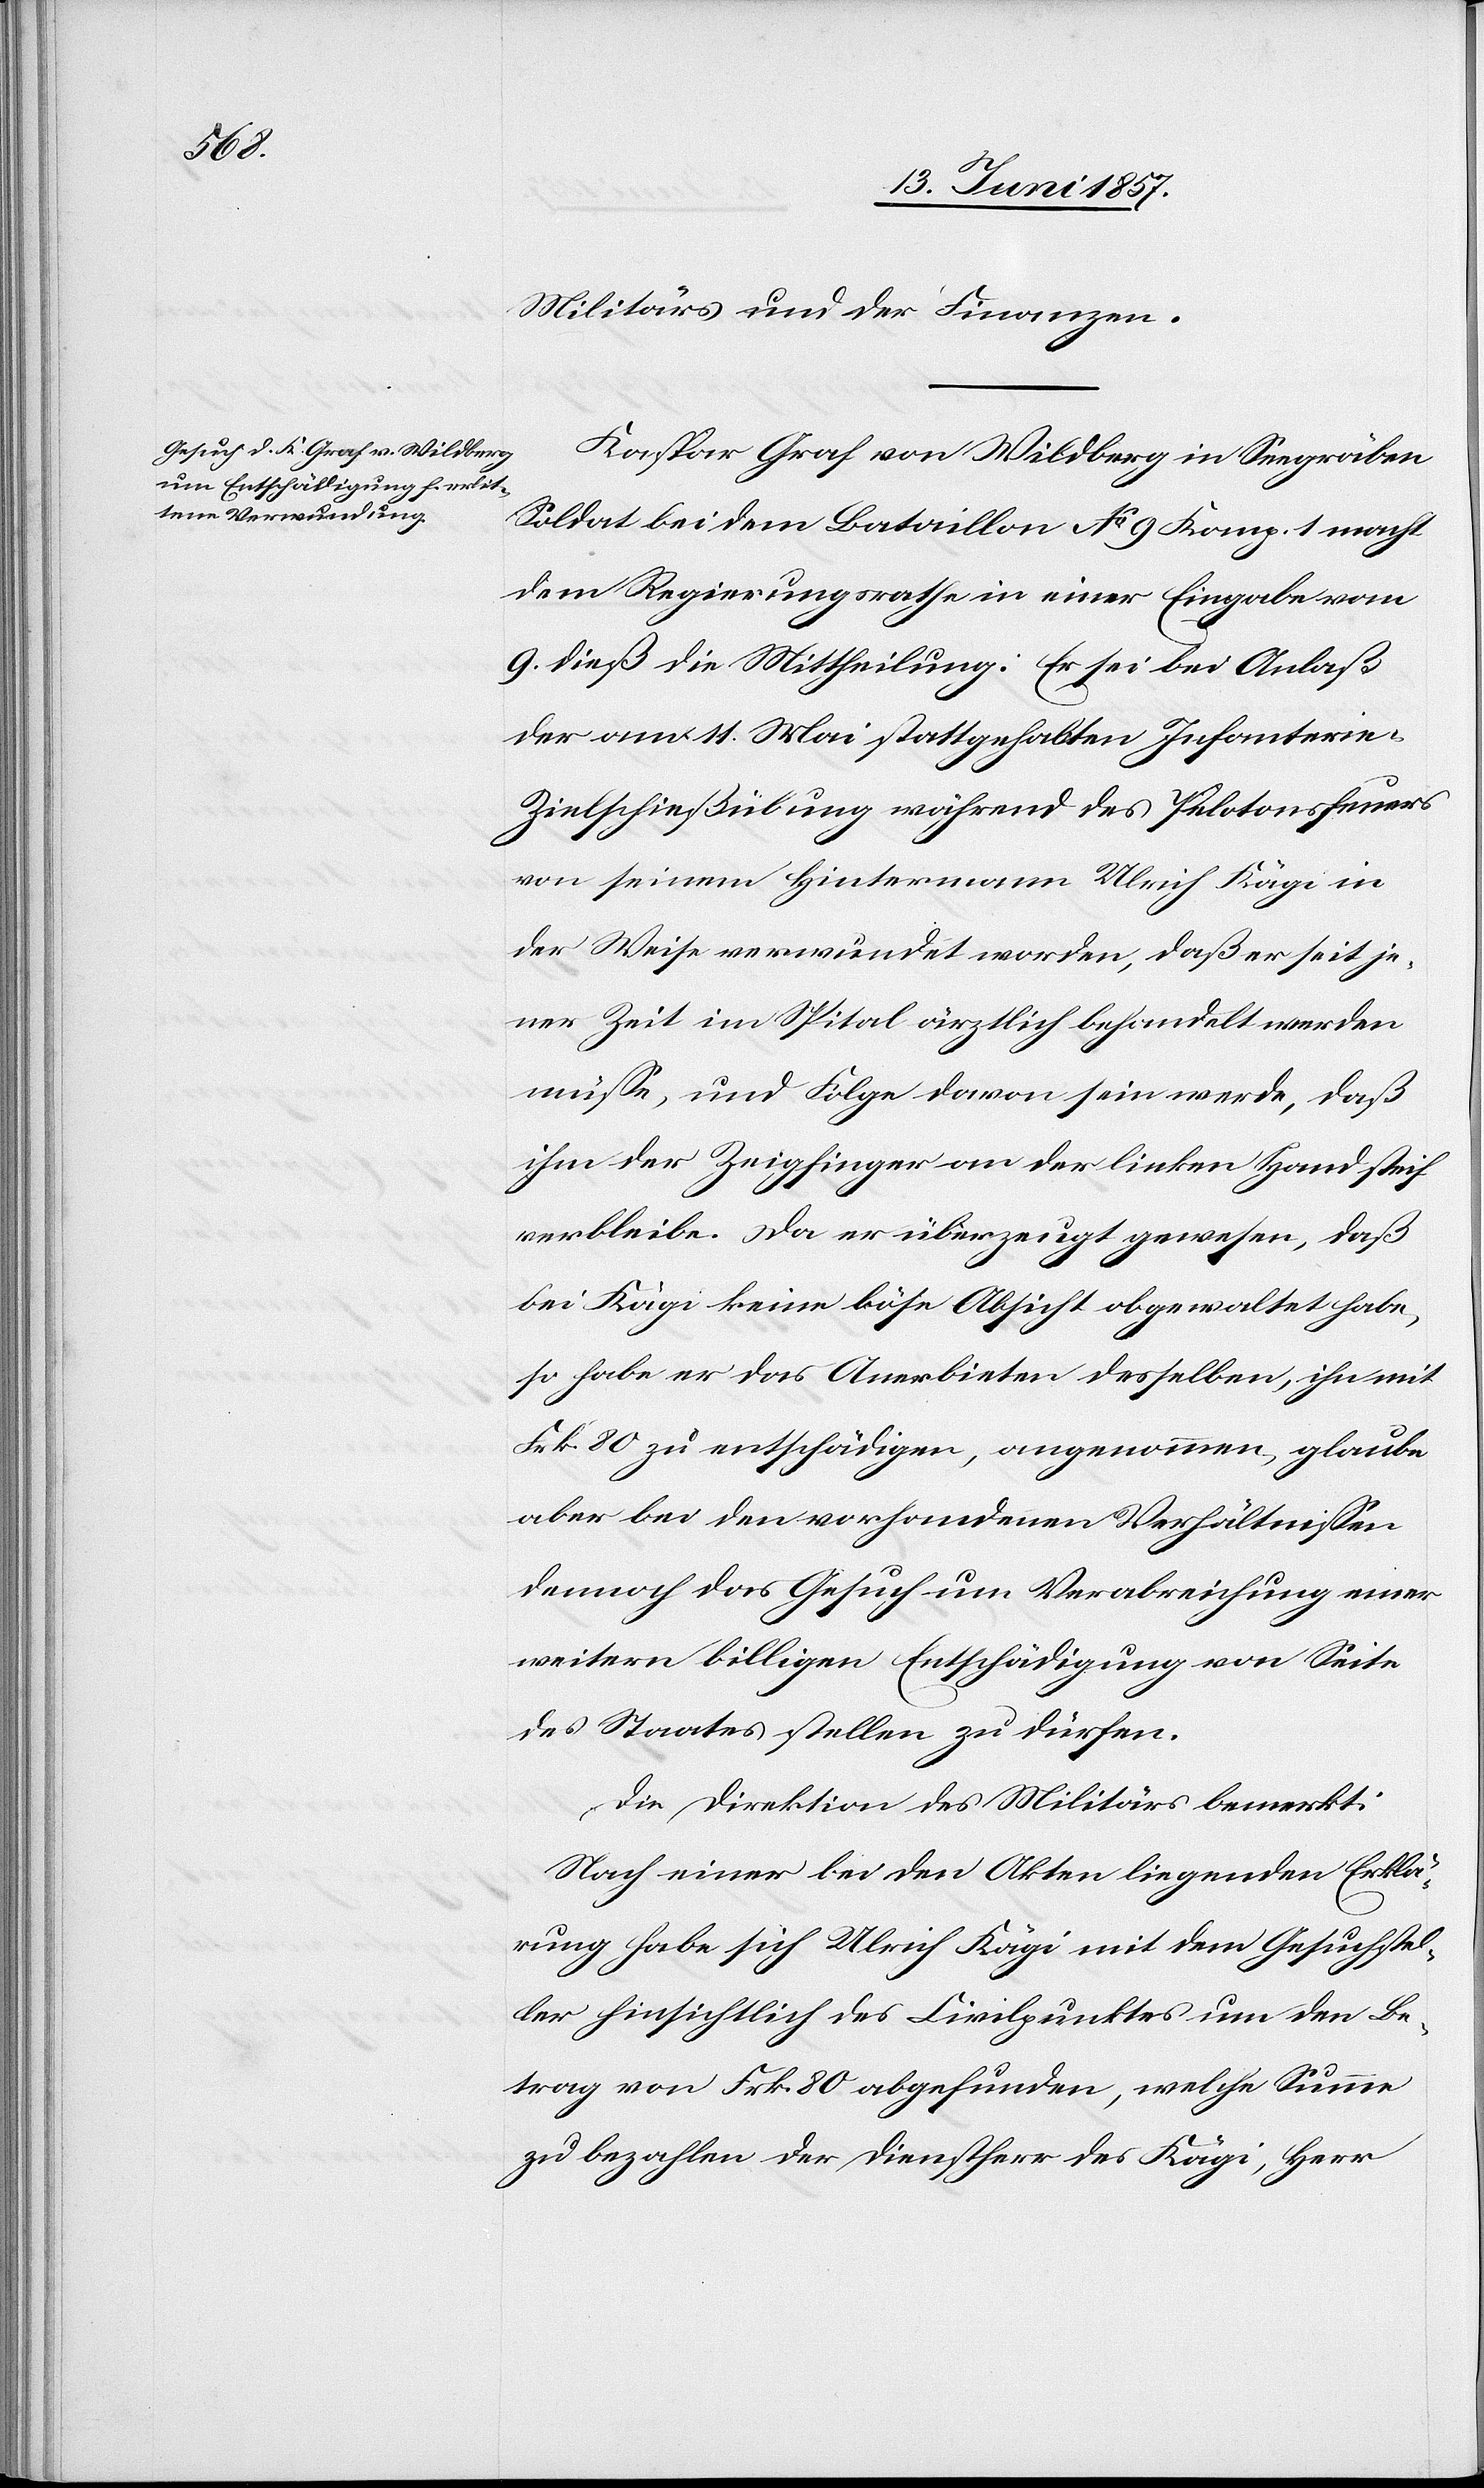
Militärs und der Finanzen.
Kaspar Graf von Wildberg in Seegräben
Soldat bei dem Bataillon No 9 Komp. 1 macht
dem Regierungsrathe in einer Eingabe vom
9 dieß die Mittheilung: Er sei bei Anlaß
der am 11 Mai stattgehabten Infanterie-Z¬
ielschießübung während des Pelotonsfeuers
von seinem Hintermann Ulrich Kägi in
der Weise verwundet worden, daß er seit je¬
ner Zeit im Spital ärztlich behandelt werden
müsse, und Folge davon sein werde, daß
ihm der Zeigfinger an der linken Hand steif
verbleibe. Da er überzeugt gewesen, daß
bei Kägi keine böse Absicht obgewaltet habe,
so habe er das Anerbieten desselben, ihn mit
Frk 80 zu entschädigen, angenommen, glaube
aber bei den vorhandenen Verhältnissen
dennoch das Gesuch um Verabreichung einer
weitern billigen Entschädigung von Seite
des Staates stellen zu dürfen.
Die Direktion des Militärs bemerkt:
Nach einer bei den Akten liegenden Erklä¬
rung habe sich Ulrich Kägi mit dem Gesuchstel¬
ler hinsichtlich des Civilpunktes um den Be¬
trag von Frk. 80 abgefunden, welche Summe
zu bezahlen der Dienstherr des Kägi, Herr